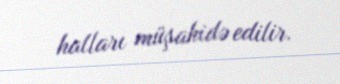
halları müşahidə edilir.